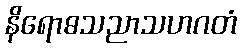
နိရောဓသညာသဟဂတံ